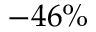
- 4 6 \%